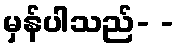
မှန်ပါသည်- -